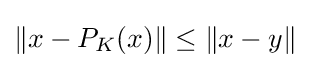
\|x-P_{K}(x)\|\leq \|x-y\|